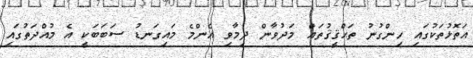
އަތޮޅުތަކުގައި ހިންގުނު ތަޙްޤީޤުތައް މަދުވާން ދިމާވި އެންމެ މައިގަނޑު ސަބަބަކީ އެ މުއްދަތުގައި